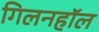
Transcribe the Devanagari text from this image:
गिलनहॉल